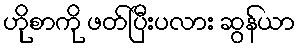
ဟိုစာကို ဖတ်ပြီးပလား ဆွန်ယာ